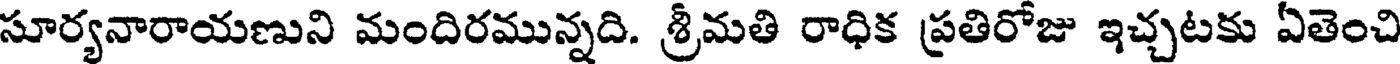
సూర్యనారాయణుని మందిరమున్నది. శ్రీమతి రాధిక ప్రతిరోజు ఇచ్చటకు ఏతెంచి